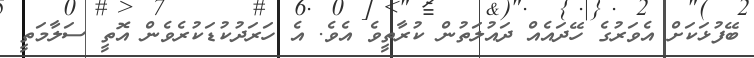
ބޭފުޅަކަށް އެވަރުގެ ހޭދައެއް ދައުލަތުން ކުރާތީވެ އެވެ. އެ ހަރަދުކުޑަކުރެވެން އޮތީ ސަލާމަތީ